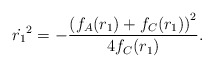
\begin{align*}\dot{r_1}^2 = - \frac{\left(f_A(r_1) + f_C(r_1)\right)^2}{4f_C(r_1)}.\end{align*}